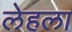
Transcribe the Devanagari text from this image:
लेहला